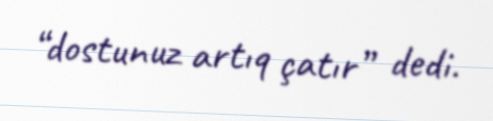
“dostunuz artıq çatır” dedi.